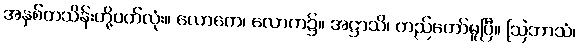
အနှစ်တသိန်းတို့ပတ်လုံး။ လောကေ၊ လောက၌။ အဋ္ဌာသိ၊ တည်တော်မူပြီ။ ဩဘာသံ၊